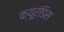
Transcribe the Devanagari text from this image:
क्यूरंडिस